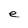
Character: e